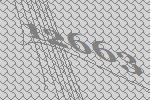
12663